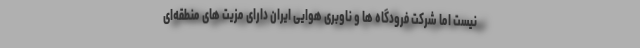
نیست اما شرکت فرودگاه ها و ناوبری هوایی ایران دارای مزیت های منطقه‌ای